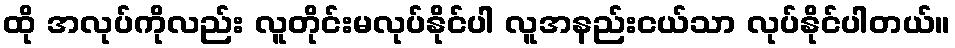
ထို အလုပ်ကိုလည်း လူတိုင်းမလုပ်နိုင်ပါ လူအနည်းငယ်သာ လုပ်နိုင်ပါတယ်။